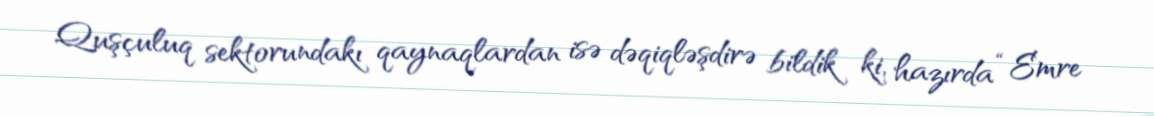
Quşçuluq sektorundakı qaynaqlardan isə dəqiqləşdirə bildik ki, hazırda “Emre